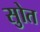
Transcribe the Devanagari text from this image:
सुोत